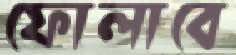
ফোলাবে